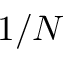
1 / N